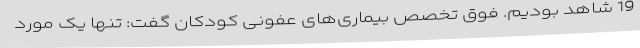
19 شاهد بودیم. فوق تخصص بیماری‌های عفونی کودکان گفت: تنها یک مورد